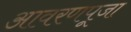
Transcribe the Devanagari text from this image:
आवरणपूजा